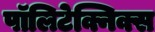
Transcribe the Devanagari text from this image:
पॉलिटेक्निक्स